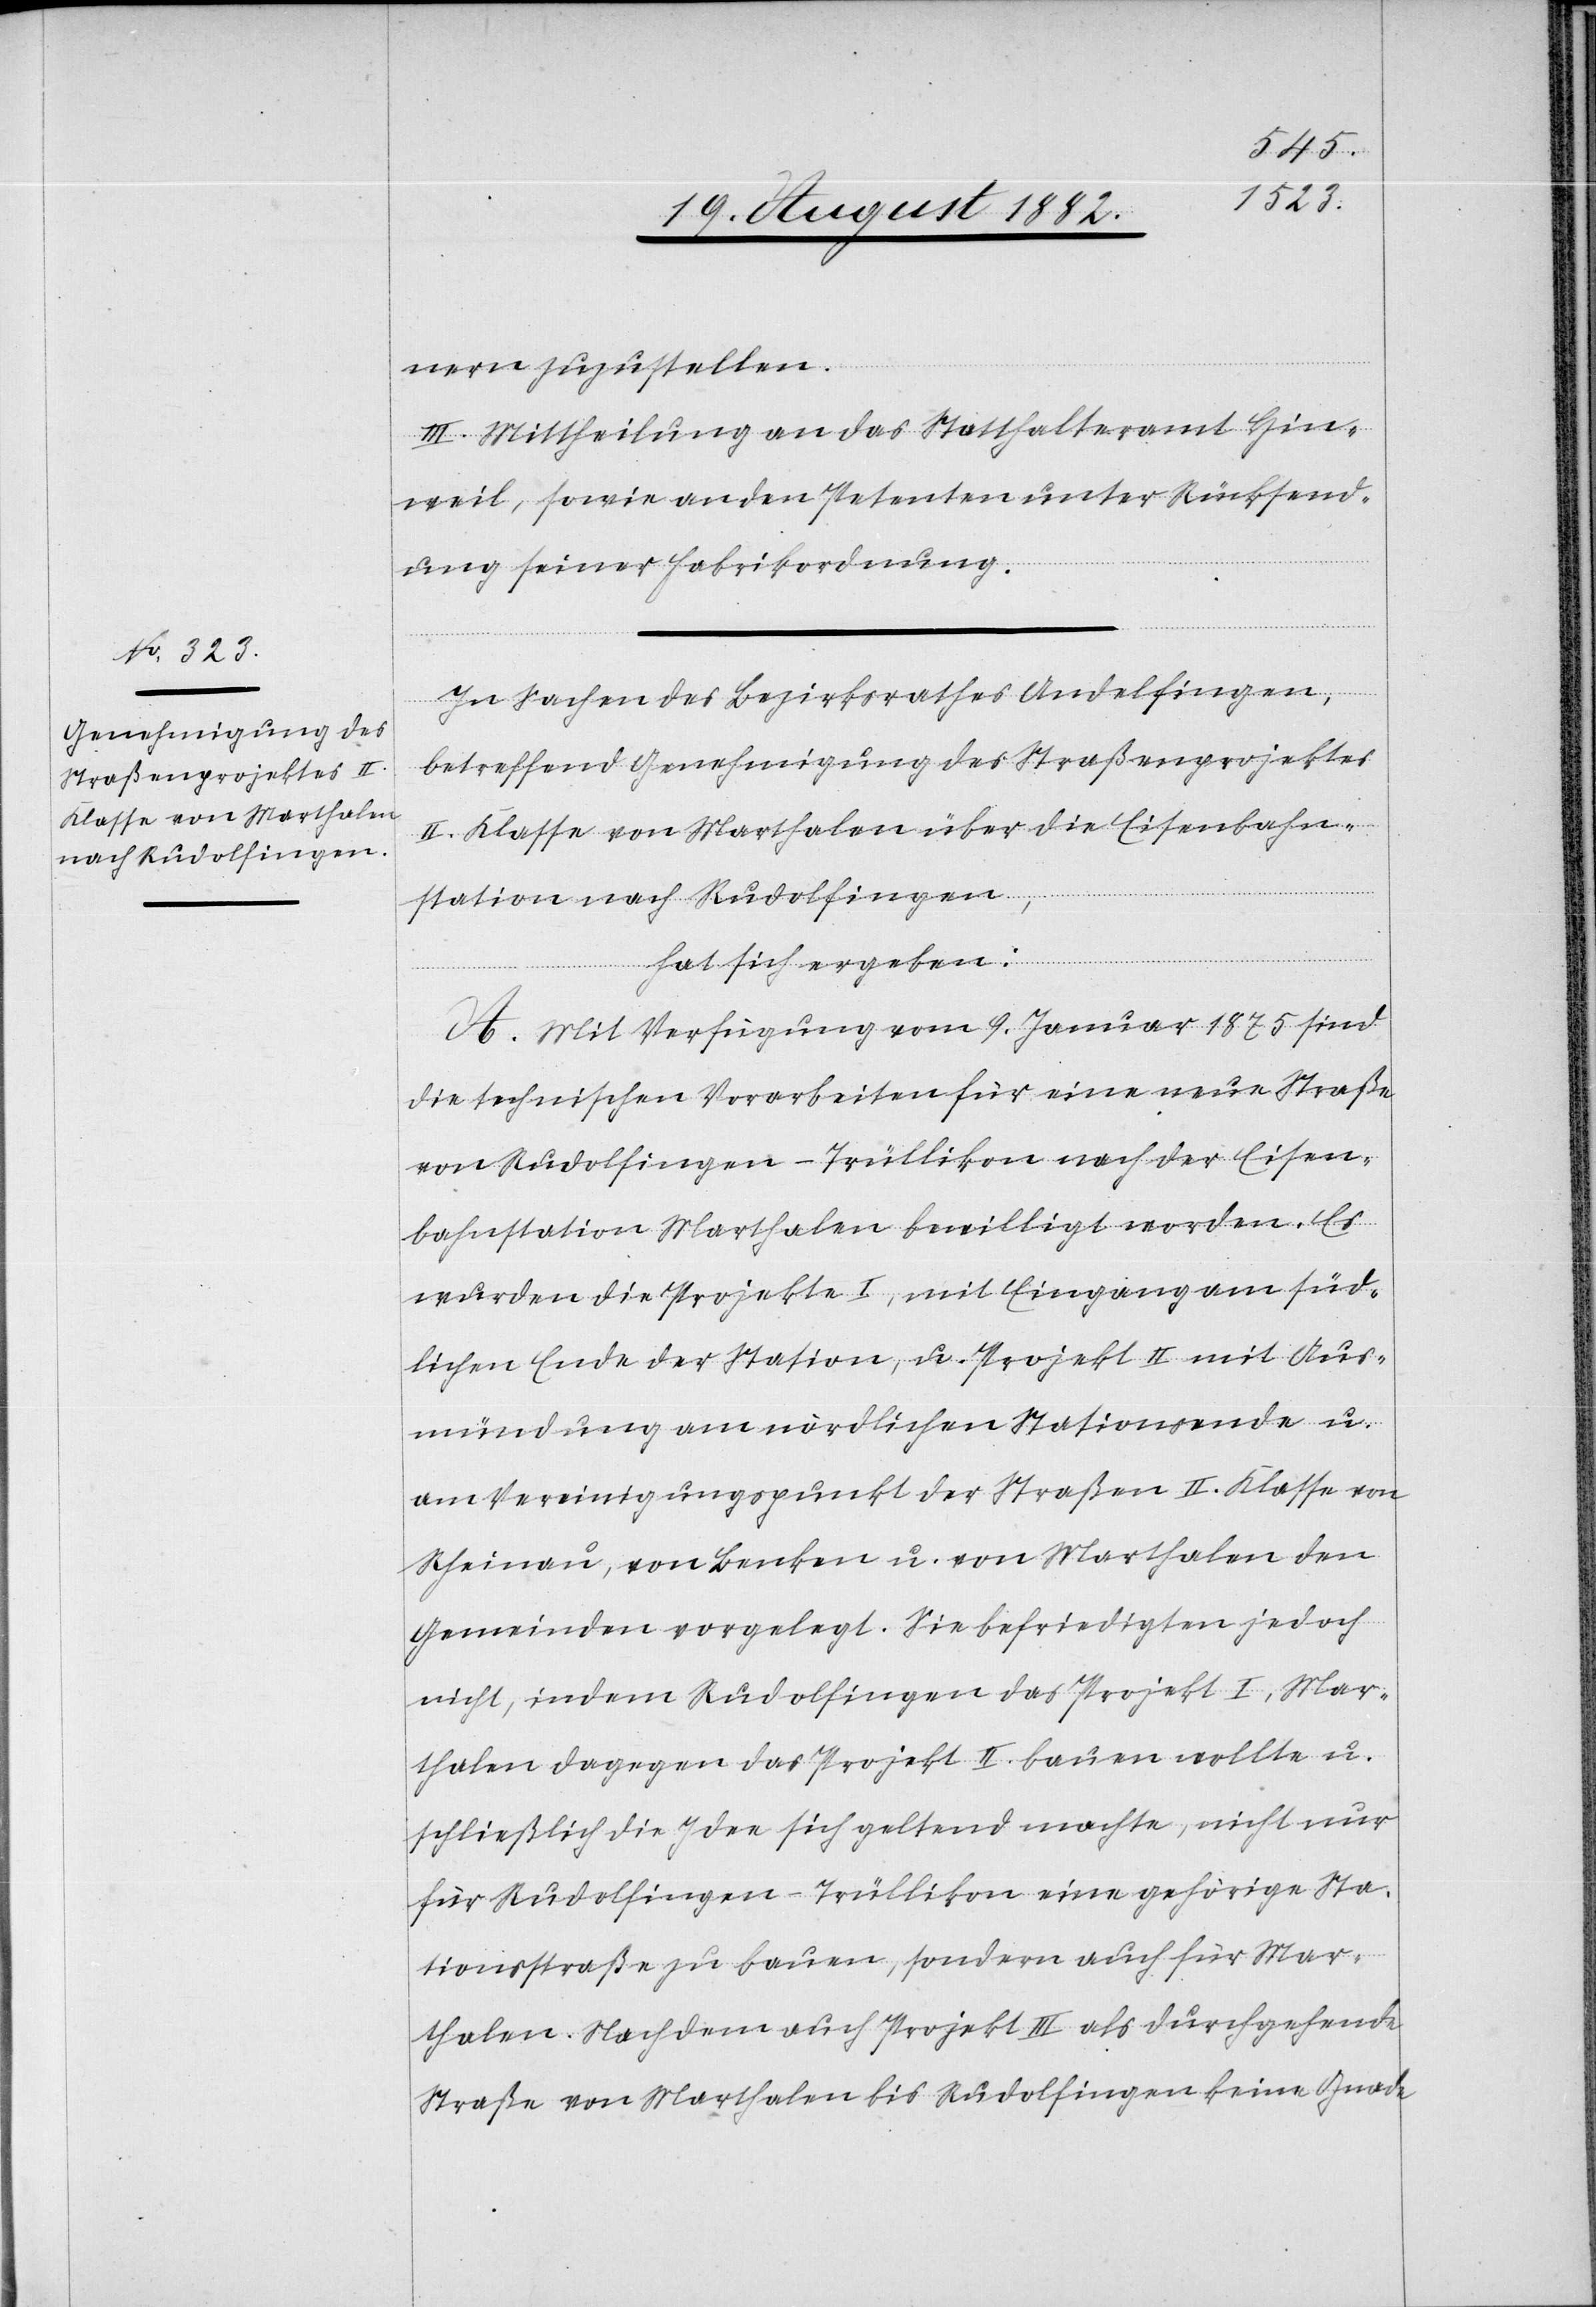
nern zuzustellen.
III. Mittheilung an das Statthalteramt Hin¬
weil, sowie an den Petenten unter Rücksend¬
ung seiner Fabrikordnung.
In Sachen des Bezirksrathes Andelfingen,
betreffend Genehmigung des Straßenprojektes
II. Klasse von Marthalen über die Eisenbahn¬
station nach Rudolfingen,
hat sich ergeben:
A. Mit Verfügung vom 9. Januar 1875 sind
die technischen Vorarbeiten für eine neue Straße
von Rudolfingen - Trüllikon nach der Eisen¬
bahnstation Marthalen bewilligt worden. Es
wurden die Projekte I, mit Eingang am süd¬
lichen Ende der Station, u. Projekt II mit Aus¬
mündung am nördlichen Stationsende u.
am Vereinigungspunkt der Straßen II. Klasse von
Rheinau, von Benken u. von Marthalen den
Gemeinden vorgelegt. Sie befridigten jedoch
nicht, indem Rudolfingen das Projekt I, Mar¬
thalen dagegen das Projekt II bauen wollte u.
schließlich die Idee sich geltend machte, nicht nur
für Rudolfingen - Trüllikon eine gehörige Sta¬
tionsstraße zu bauen, sondern auch für Mar¬
thalen. Nachdem auch Projekt III als durchgehende
Straße von Marthalen bis Rudolfingen keine Gnade